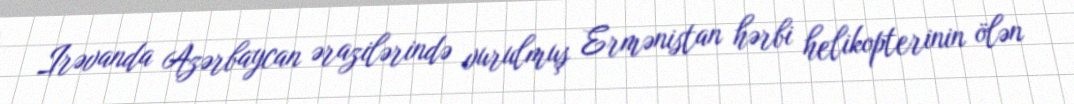
Irəvanda Azərbaycan ərazilərində vurulmuş Ermənistan hərbi helikopterinin ölən